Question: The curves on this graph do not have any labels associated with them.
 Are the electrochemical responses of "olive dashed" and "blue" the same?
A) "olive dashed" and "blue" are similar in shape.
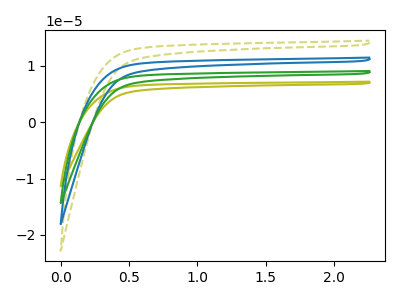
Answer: <think>The olive curve "olive" has no peaks. The olive dashed curve "olive dashed" has no peaks. The blue curve "blue" has no peaks. The green curve "green" has no peaks.
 Neither "olive dashed" or "blue" have any peaks.</think>
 <answer>A) "olive dashed" and "blue" are similar in shape.</answer>
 <eval>A</eval>